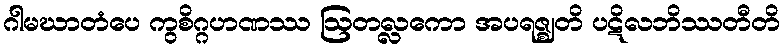
ဂါမဃာတံပေ ကွစိဂ္ဂဟဏဿ ဩတလ္လကော အပရဇ္ဈတိ ပဋိလဘိဿတီတိ